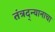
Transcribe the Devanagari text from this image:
तंत्रद्न्यानाचा